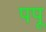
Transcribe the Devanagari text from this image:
पपू